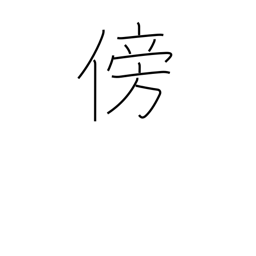
Meaning: third person